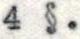
4 §.